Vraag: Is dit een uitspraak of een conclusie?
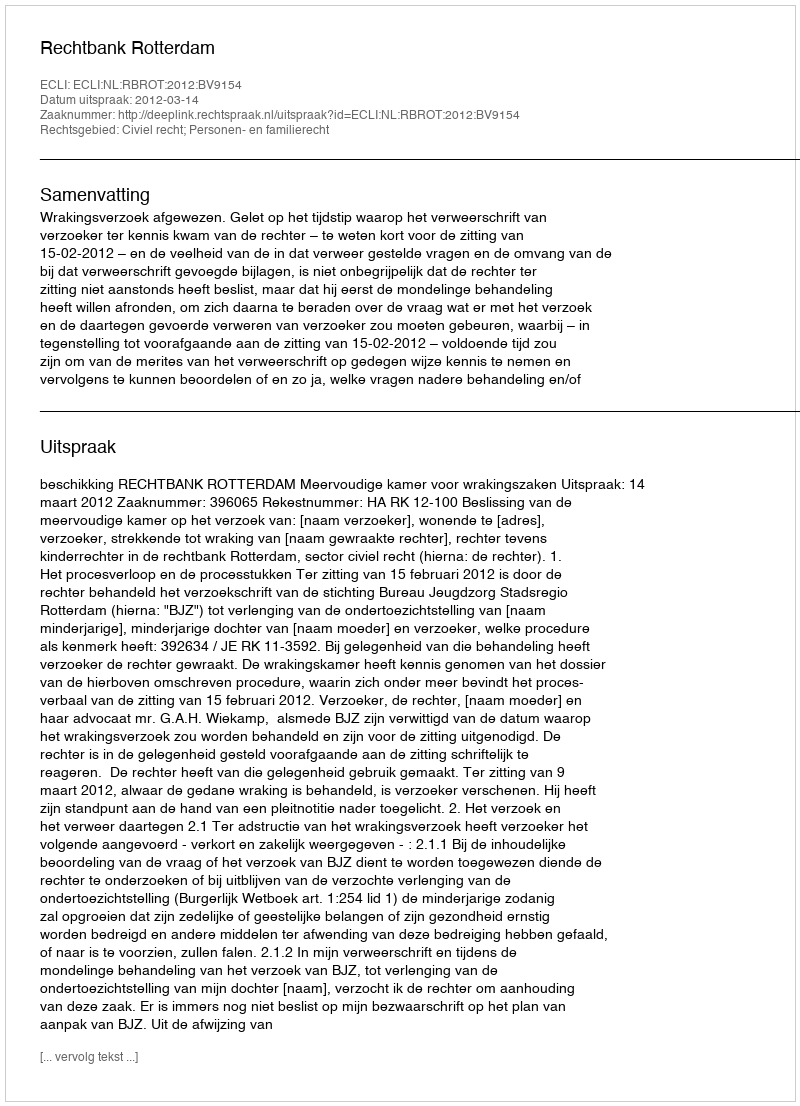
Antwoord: Uitspraak